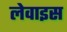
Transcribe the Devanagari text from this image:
लेवाइस